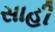
સાહી